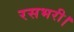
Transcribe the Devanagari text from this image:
रसभरी।